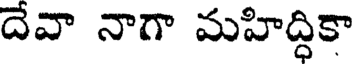
దేవా నాగా మహిద్ధికా